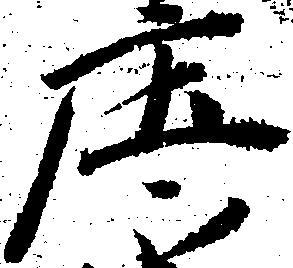
庄